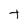
Character: t